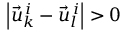
\left| \vec { u } _ { k } ^ { \, i } - \vec { u } _ { l } ^ { \, i } \right| > 0